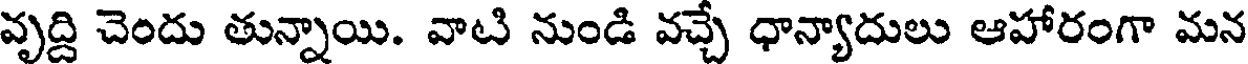
వృద్ది చెందు తున్నాయి. వాటి నుండి వచ్చే ధాన్యాదులు ఆహారంగా మన